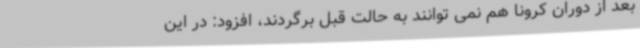
بعد از دوران کرونا هم نمی توانند به حالت قبل برگردند، افزود: در این